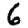
Digit: 6